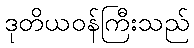
ဒုတိယဝန်ကြီးသည်